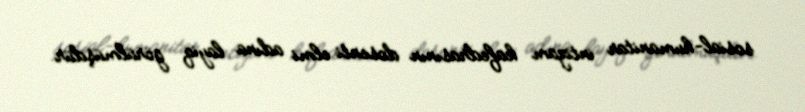
sosial-humanitar intizam kafedrasının dosenti elmi adına layiq görülmüşdür.